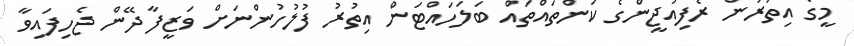
މީގެ އިތުރުން ރެފިއުޖީންގެ ކަންތައްތައް ބަލަހައްޓަން އިތުރު ފުލުހުންނަށް ވަޒީފާ ދޭން ޖެހިފައިވާ